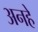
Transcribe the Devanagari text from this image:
अनहे